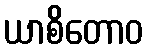
ယာစိတောဝ